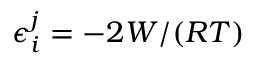
\epsilon _ { i } ^ { j } = - 2 W / ( R T )